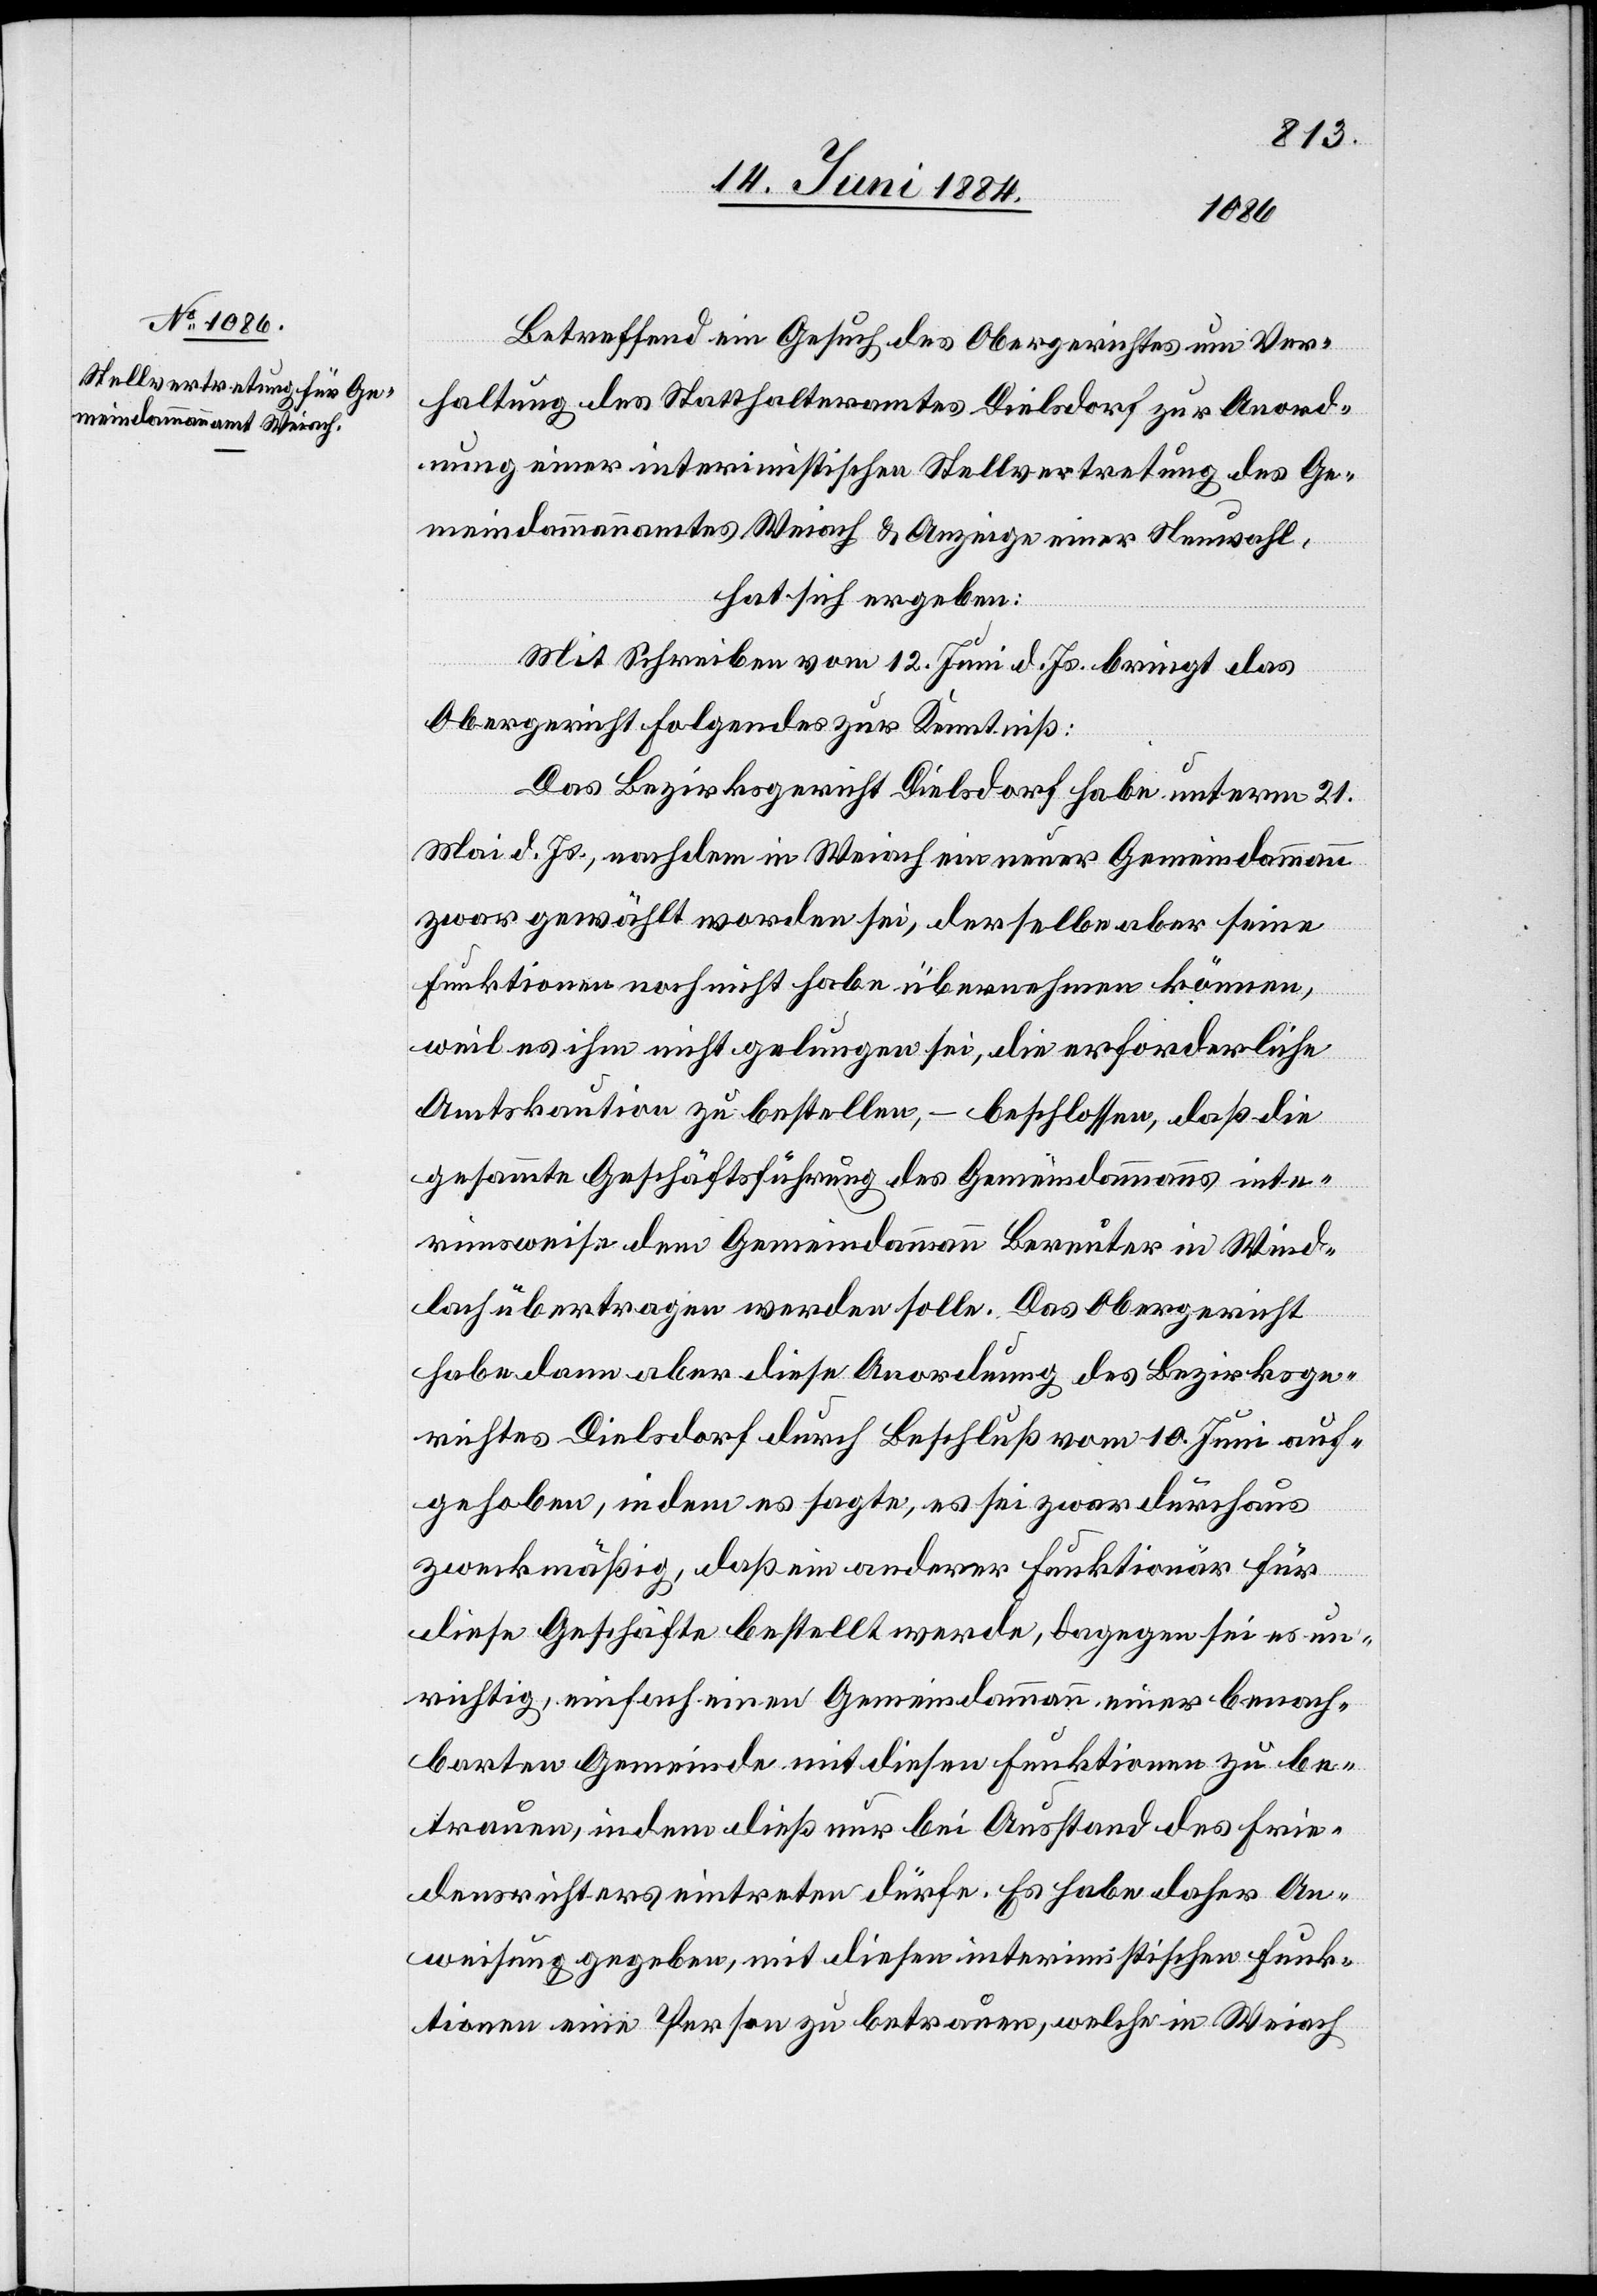
Betreffend ein Gesuch des Obergerichtes um Ver¬
haltung des Statthalteramtes Dielsdorf zur Anord¬
nung einer interimistischen Stellvertretung des Ge¬
meindammannamtes Weiach & Anzeige einer Neuwahl,
hat sich ergeben:
Mit Schreiben vom 12. Juni d. Js. bringt das
Obergericht folgendes zur Kenntniß:
Das Bezirksgericht Dielsdorf habe unterm 21.
Mai d. Js., nachdem in Weiach ein neuer Gemeindammann
zwar gewählt worden sei, derselbe aber seine
Funktionen noch nicht habe übernehmen können,
weil es ihm nicht gelungen sei, die erforderliche
Amtskaution zu bestellen, – beschlossen, daß die
gesammte Geschäftsführung des Gemeindammanns inte¬
rimsweise dem Gemeindammann Bereuter in Wind¬
lach übertragen werden solle. Das Obergericht
habe dann aber diese Anordnung des Bezirksge¬
richtes Dielsdorf durch Beschluß vom 10. Juni auf¬
gehoben, indem es sagte, es sei zwar durchaus
zweckmäßig, daß ein anderer Funktionär für
diese Geschäfte bestellt werde, dagegen sei es un¬
richtig, einfach einen Gemeindammann einer benach¬
barten Gemeinde mit diesen Funktionen zu be¬
trauen, indem dieß nur bei Ausstand des Frie¬
densrichters eintreten dürfe. Es habe daher An¬
weisung gegeben, mit diesen interimistischen Funk¬
tionen eine Person zu betrauen, welche in Weiach